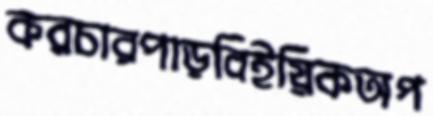
করচারপাড়বিইয়িকঅপ